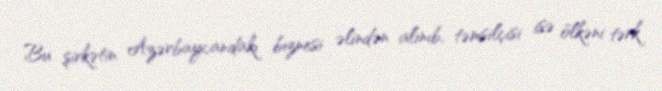
Bu şirkətin Azərbaycandakı biznesi əlindən alınıb, təmsilçisi isə ölkəni tərk